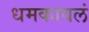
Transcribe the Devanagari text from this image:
धमकावलं